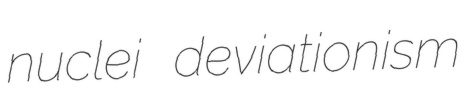
nuclei deviationism